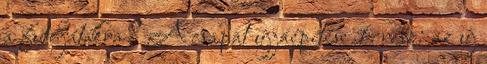
a futójátékra? A csapat újjáépítése 1. rész: az új